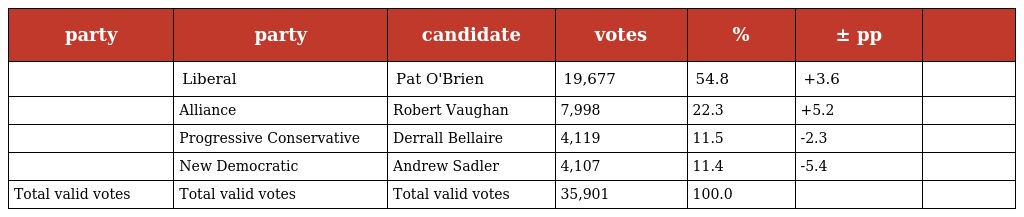
| party | party | candidate | votes | % | ± pp |  |
 | --- | --- | --- | --- | --- | --- | --- |
 |  | Liberal | Pat O'Brien | 19,677 | 54.8 | +3.6 |  |
 |  | Alliance | Robert Vaughan | 7,998 | 22.3 | +5.2 |  |
 |  | Progressive Conservative | Derrall Bellaire | 4,119 | 11.5 | -2.3 |  |
 |  | New Democratic | Andrew Sadler | 4,107 | 11.4 | -5.4 |  |
 | Total valid votes | Total valid votes | Total valid votes | 35,901 | 100.0 |  |  |